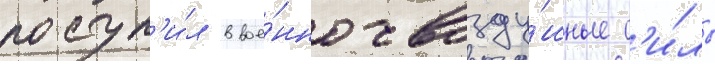
поступ'и́л в вое́нно-возду́шные с'и́лы